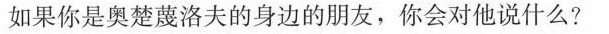
如果你是奥楚蔑洛夫的身边的朋友，你会对他说什么?